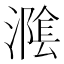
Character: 𭲪